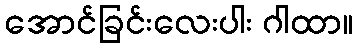
အောင်ခြင်းလေးပါး ဂါထာ။